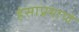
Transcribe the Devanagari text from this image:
हंसाप्रमाणे